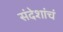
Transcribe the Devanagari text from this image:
संदेशांचं